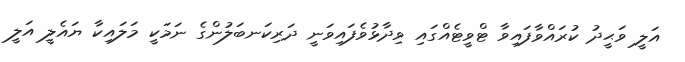
އަލީ ވަޙީދު ކުރައްވާފައިވާ ޓްވީޓެއްގައި ވިދާޅުވެފައިވަނީ ދަރިކަނބަލުންގެ ނަމަކީ މަލައިކާ ޔައެލީ އަލީ